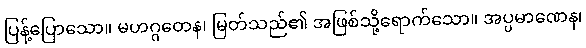
ပြန့်ပြောသော။ မဟဂ္ဂတေန၊ မြတ်သည်၏ အဖြစ်သို့ရောက်သော။ အပ္ပမာဏေန၊